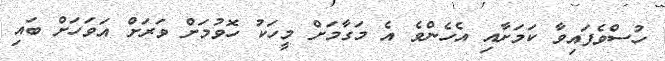
ހުސްވެފައިވާ ކަމަށާއި އެހެންވެ އެ މަގާމަށް މީހަކު ހޮވުމަށް ވަރަށް އަވަހަށް ބައި